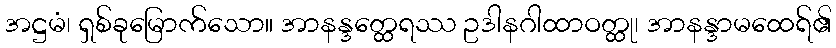
အဋ္ဌမံ၊ ရှစ်ခုမြောက်သော။ အာနန္ဒတ္ထေရဿ ဥဒါနဂါထာဝတ္ထု၊ အာနန္ဒာမထေရ်၏